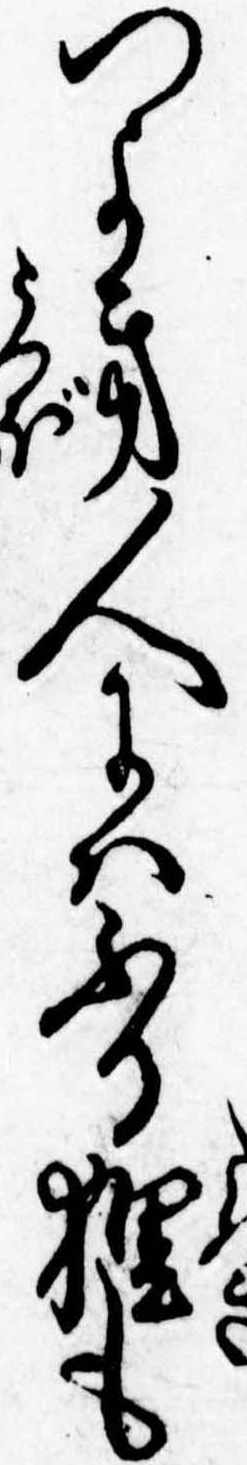
つよき人にはふる狸も